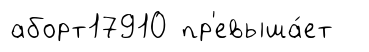
аборт17910 пр'евыша́ет